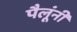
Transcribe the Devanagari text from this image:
पैलूंनी